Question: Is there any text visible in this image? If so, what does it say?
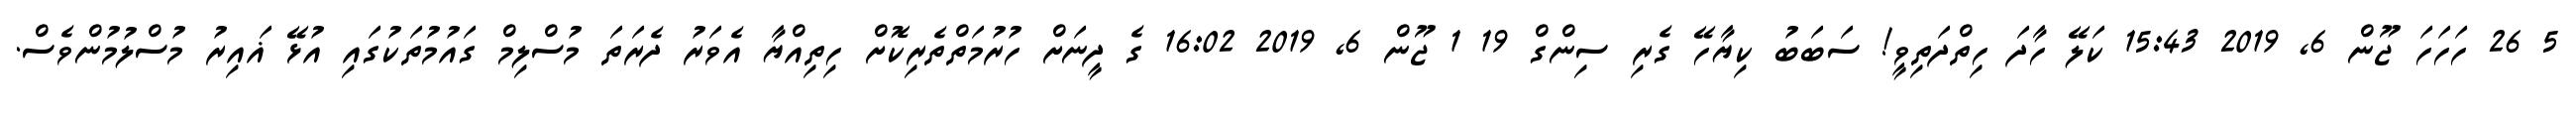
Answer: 5 26 ހަހަހަ ޖޫން 6, 2019 15:43 ކަލޭ ހާދަ ހިތްދަތިވީ! ސަބަބު ކިޔާހޭ ގެރި ސިންގް 19 1 ޖޫން 6, 2019 16:02 ގެ ދީނަށް ހުރުމަތްތެރިކޮށް ހިތިއްޔާ އެވަރު ދެރަތަ މުސްލިމް ގައުމުތަކުގައި އުޅޭ ޣައިރު މުސްލުމުންވެސް.